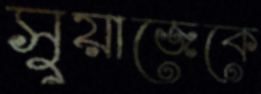
সুয়াজেকে